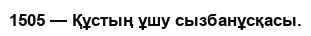
1505 — Құстың ұшу сызбанұсқасы.